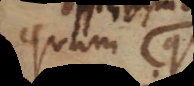
quam q